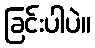
ခြင်းပါပဲ။